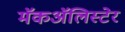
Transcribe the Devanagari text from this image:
मॅकॲलिस्टेर